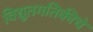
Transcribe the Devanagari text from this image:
विद्युतगतिकीचे